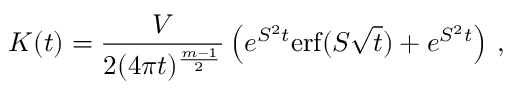
K ( t ) = \frac { V } { 2 ( 4 \pi t ) ^ { \frac { m - 1 } 2 } } \left( e ^ { S ^ { 2 } t } \mathrm { e r f } ( S \sqrt t ) + e ^ { S ^ { 2 } t } \right) \, ,